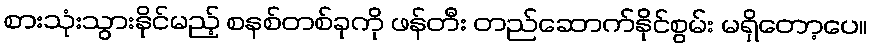
စားသုံးသွားနိုင်မည့် စနစ်တစ်ခုကို ဖန်တီး တည်ဆောက်နိုင်စွမ်း မရှိတော့ပေ။